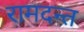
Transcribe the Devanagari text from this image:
रामदन्त